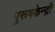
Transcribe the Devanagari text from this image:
पुरूषकेन्द्री